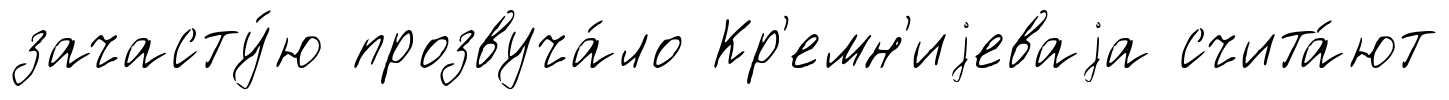
зачасту́ю прозвуча́ло Кр'емн'иjеваjа счита́ют